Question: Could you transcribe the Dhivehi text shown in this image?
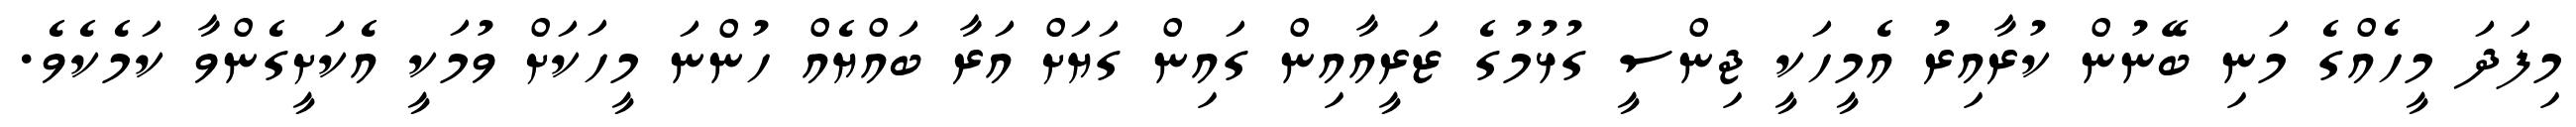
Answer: މިފަދަ މީހެއްގެ މަނި ބޭނުން ކުރާއިރު އެމީހަކީ ޖިންސީ ގުޅުމުގެ ޒަރީއާއިން ގައިން ގަޔަށް އަރާ ބައްޔެއް ހުންނަ މީހަކަށް ވުމަކީ އެކަށީގެންވާ ކަމެކެވެ.